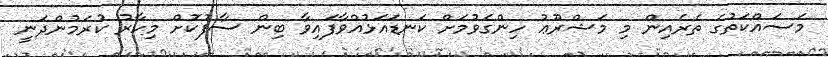
މަސައްކަތުގެ ތެރެއިން މި މަޝްރޫޢު ހިންގެވުމަށް ކަނޑައަޅުއްވާފައިވާ ބިން ސާފުކޮށް މިހާރު ކުރަމުންދަނީ